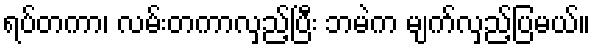
ရပ်တကာ၊ လမ်းတကာလှည့်ပြီး ဘမဲက မျက်လှည့်ပြမယ်။